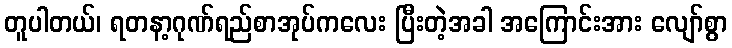
တူပါတယ်၊ ရတနာ့ဂုဏ်ရည်စာအုပ်ကလေး ပြီးတဲ့အခါ အကြောင်းအား လျော်စွာ